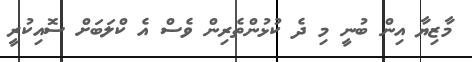
މާޒިޔާ އިން ބުނީ މި ދެ ކުޅުންތެރިން ވެސް އެ ކްލަބަށް ސޮއިކުރީ